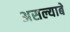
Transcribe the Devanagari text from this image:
असल्याबे